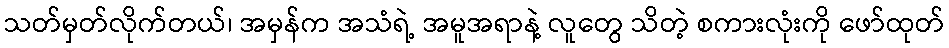
သတ်မှတ်လိုက်တယ်၊ အမှန်က အသံရဲ့ အမူအရာနဲ့ လူတွေ သိတဲ့ စကားလုံးကို ဖော်ထုတ်